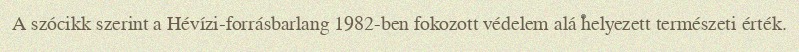
A szócikk szerint a Hévízi-forrásbarlang 1982-ben fokozott védelem alá helyezett természeti érték.